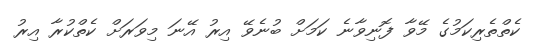
ކެތްތެރިކަމުގެ މޭވާ ފޮނިވާނެ ކަމަށް ބުނެވޭ އިރު އޭނަ މިވަރަށް ކެތްކުރާ އިރު